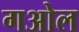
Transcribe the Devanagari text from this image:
गओल